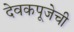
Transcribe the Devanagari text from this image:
देवकपूजेची